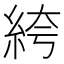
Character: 絝